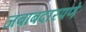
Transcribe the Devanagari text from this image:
जबाबदारपणे